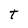
Character: T